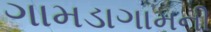
ગામડાગામની